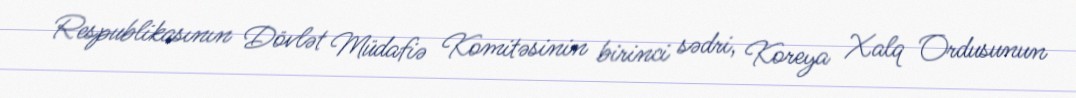
Respublikasının Dövlət Müdafiə Komitəsinin birinci sədri, Koreya Xalq Ordusunun